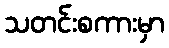
သတင်းစကားမှာ